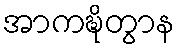
အာကဍ္ဎိတွာန